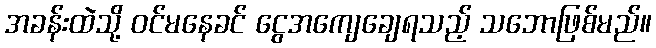
အခန်းထဲသို့ ဝင်မနေခင် ငွေအကျေချေရသည့် သဘောဖြစ်မည်။